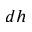
d h